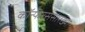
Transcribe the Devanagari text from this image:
कॉन्फरससारख्या